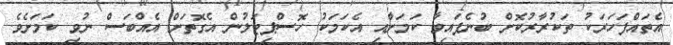
އެތައްފަހަރަކު ތަކުރާރުކޮށް ބުނެފައިވާ ކަމަށާއި އެކަމަކު ހޮސްޕިޓަލުން އެގޮތަށް އެއްބަސް ނުވި ކަމަށެވެ.